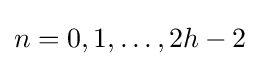
n=0,1,\dots ,2h-2